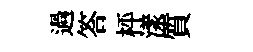
過答枰漾質